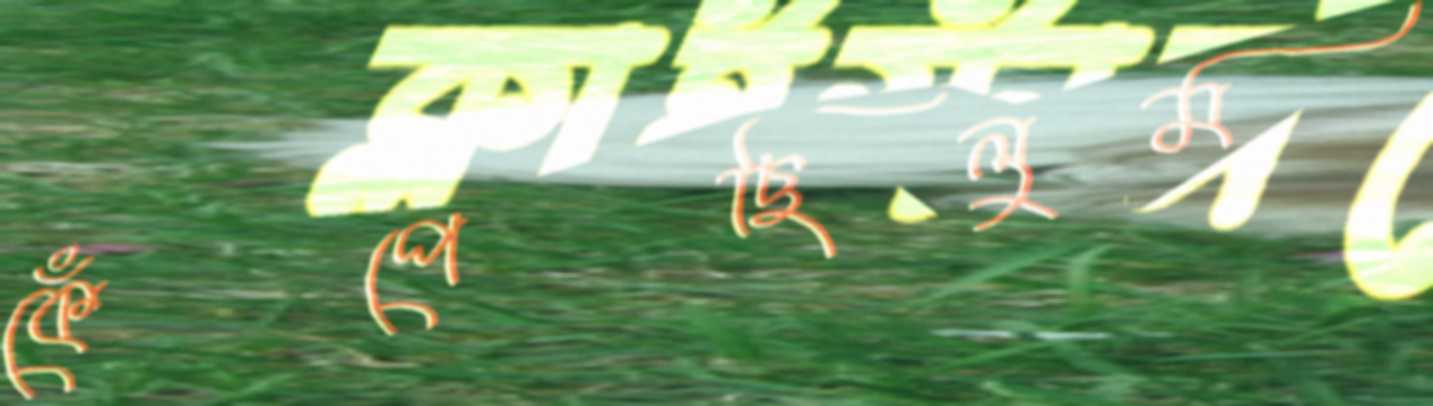
কেঁপেছিলুম